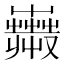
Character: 𧁇